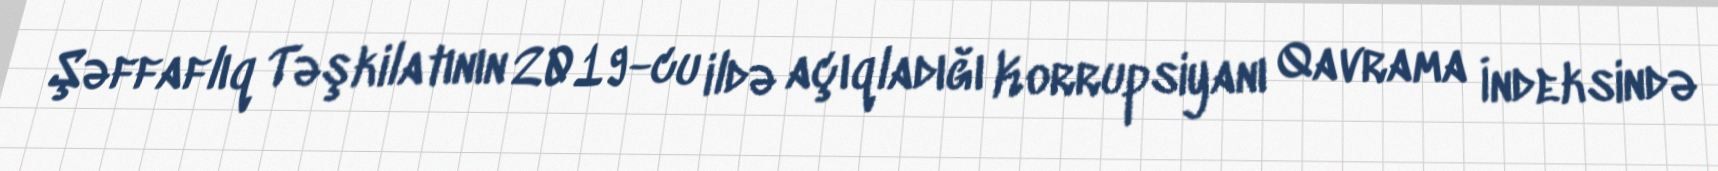
Şəffaflıq Təşkilatının 2019-cu ildə açıqladığı Korrupsiyanı Qavrama İndeksində